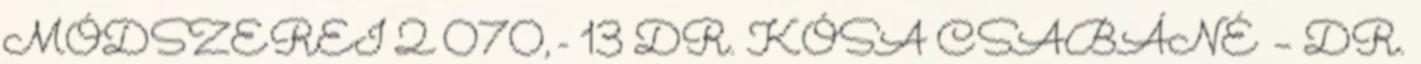
MÓDSZEREI 2 070,- 13 DR. KÓSA CSABÁNÉ – DR.